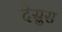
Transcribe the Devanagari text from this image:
देस्रुस